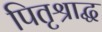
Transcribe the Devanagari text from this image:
पितृश्राद्ध